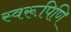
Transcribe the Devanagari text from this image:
स्वरूपिणि